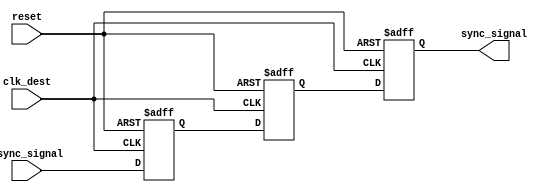
module triple_flip_flop_synchronizer (
    input wire clk_dest,          // Destination clock
    input wire async_signal,      // Asynchronous input signal
    input wire reset,             // Reset signal
    output reg sync_signal        // Synchronized output signal
);

    // Internal signals for the flip-flops
    reg ff1_out;
    reg ff2_out;

    // First flip-flop (FF1)
    always @(posedge clk_dest or posedge reset) begin
        if (reset) begin
            ff1_out <= 1'b0; // Initialize to known state
        end else begin
            ff1_out <= async_signal; // Sample async_signal
        end
    end

    // Second flip-flop (FF2)
    always @(posedge clk_dest or posedge reset) begin
        if (reset) begin
            ff2_out <= 1'b0; // Initialize to known state
        end else begin
            ff2_out <= ff1_out; // Sample output of FF1
        end
    end

    // Third flip-flop (FF3)
    always @(posedge clk_dest or posedge reset) begin
        if (reset) begin
            sync_signal <= 1'b0; // Initialize to known state
        end else begin
            sync_signal <= ff2_out; // Sample output of FF2
        end
    end

endmodule